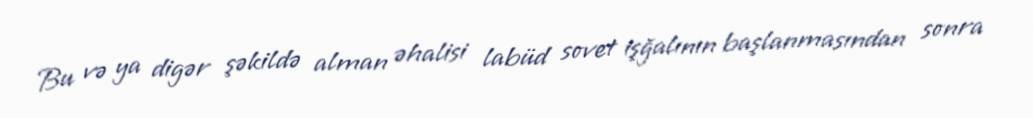
Bu və ya digər şəkildə alman əhalisi labüd sovet işğalının başlanmasından sonra